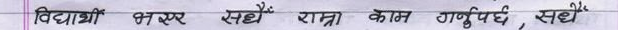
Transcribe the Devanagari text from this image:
विद्यार्थी भरपर सधैं राम्रो काम गर्नुपर्छ, सधैं